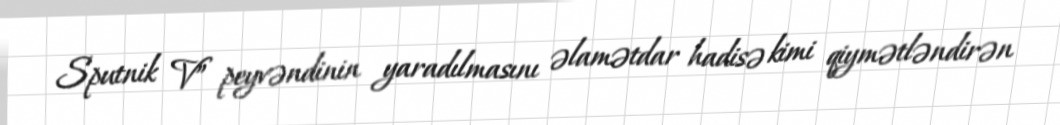
Sputnik V” peyvəndinin yaradılmasını əlamətdar hadisə kimi qiymətləndirən